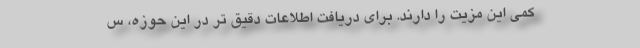
کمی این مزیت را دارند. برای دریافت اطلاعات دقیق تر در این حوزه، س